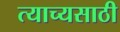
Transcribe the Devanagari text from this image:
त्याच्यसाठी